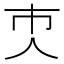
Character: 𠆴